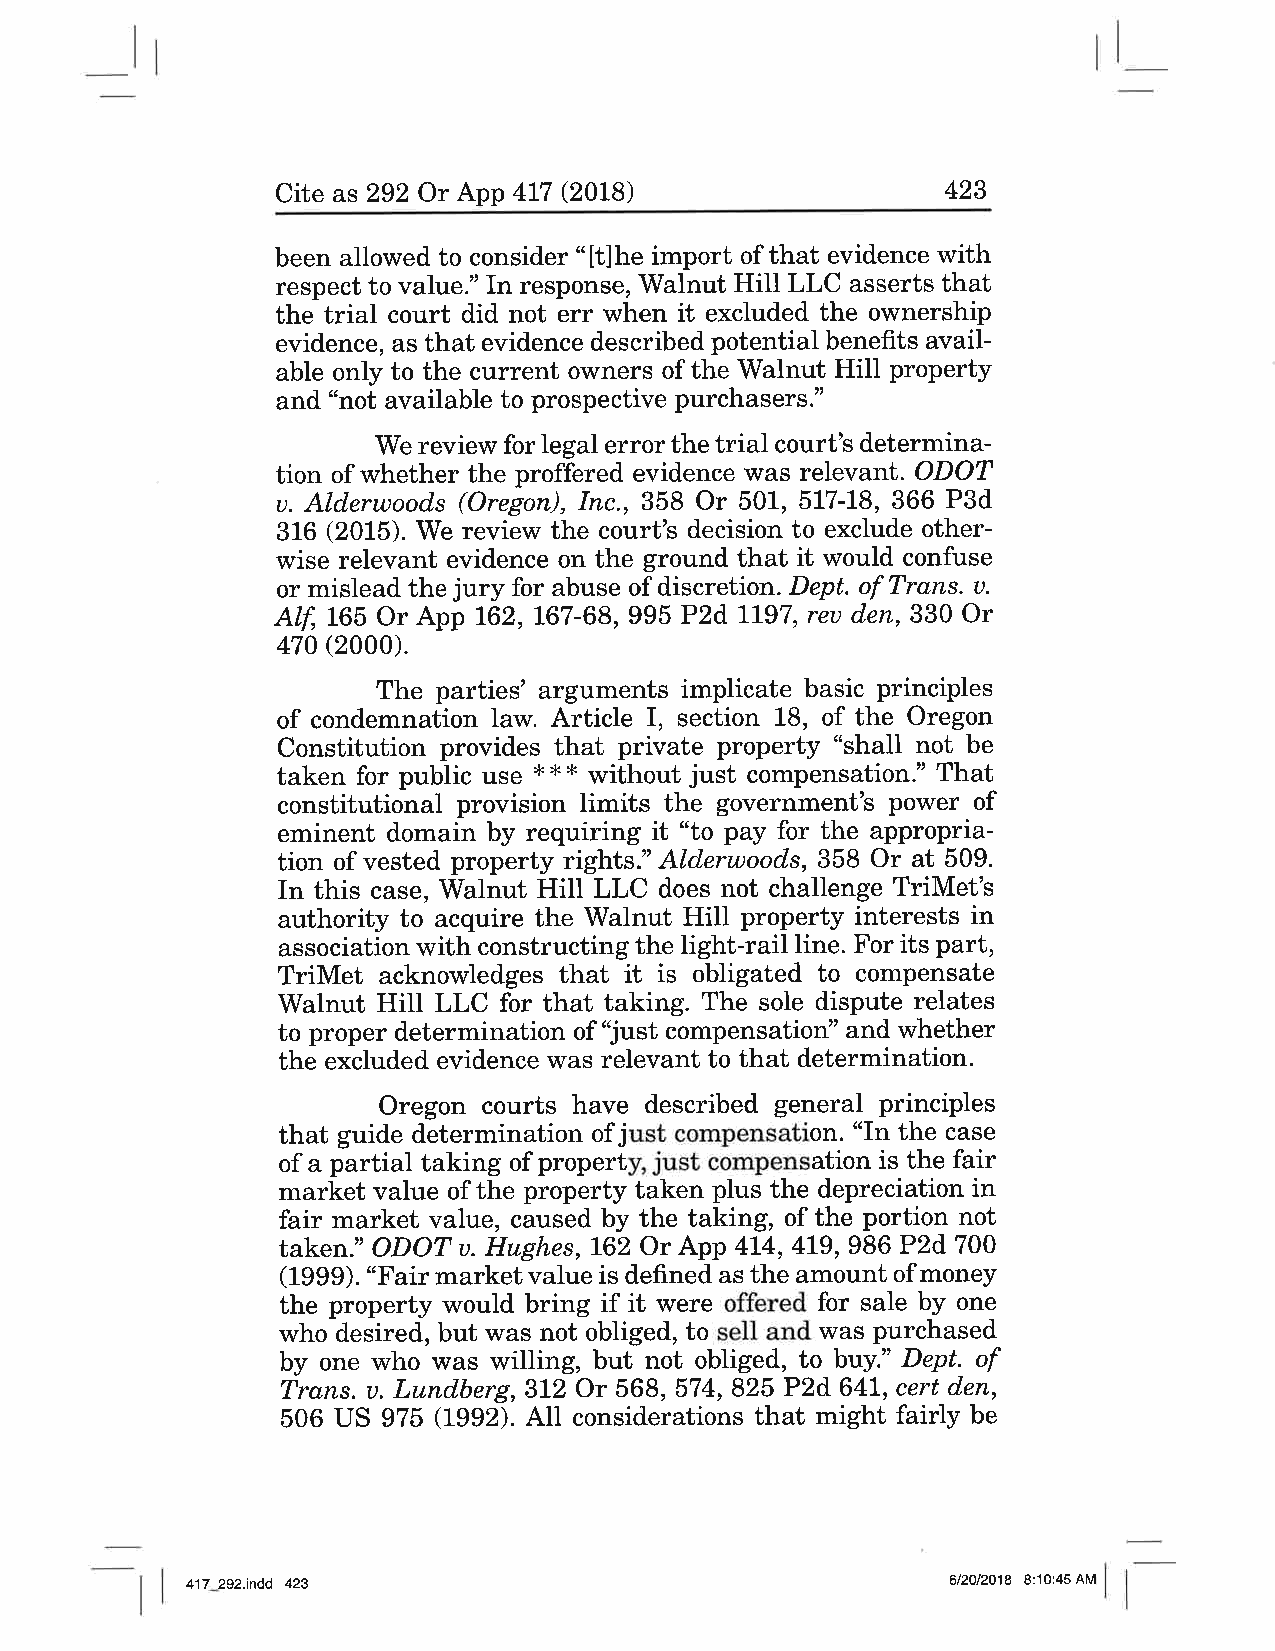
Cite as 292 Or App 417 (2018)                423
 been allowed to consider "[t]he import of that evidence with
 respect to value." In response, Walnut Hill LLC asserts that
 the trial court did not err when it excluded the ownership
 evidence, as that evidence described potential benefits avail-
 able only to the current owners of the Walnut HiIl property
 and "not available to prospective purchasers."
 We review for legal error the trial court's determina-
 tion of whether the proffered evidence \Mas relevant. ODOT
 u. Alderwoods (Oregon), lnc.,358 Or 501, 517-18, 366 P3d
 316 (2015). We review the court's decision to exclude other-
 wise relevant evidence on the ground that it would confuse
 or mislead the jury for abuse of discretion. Dept. of Trans. u.
 Alf, 165 Or App 162, 167-68, 995 Pzd 7197, reu den,330 Or
 470 (2000).
 The parties' arguments implicate basic principles
 of condemnation law. Article I, section 18, of the Oregon
 Constitution provides that private property "shall not be
 taken for public use * * * without just compensation." That
 constitutional provision limits the government's power of
 eminent domain by requiring it "to pay for the appropria-
 tion of vested property rights." Alderwoods, 358 Or at 509.
 In this case, Walnut HiIl LLC does not challenge TriMet's
 authority to acquire the Walnut Hill property interests in
 association with constructing the light-rail line. For its part,
 TriMet acknowledges that it is obligated to compensate
 Walnut Hill LLC for that taking. The sole dispute relates
 to proper determination of 'Just compensation" and whether
 the excluded evidence was relevant to that determination.
 Oregon courts have described general principles
 that guide determination ofjust compensation. "In the case
 of a partial taking of property, just compensation is the fair
 market value of the property taken plus the depreciation in
 fair market value, caused by the taking, of the portion not
 taken." ODOT u. Hughes,162 Or App 414,4L9,986 P2d 700
 (1999). "Fair market value is defined as the amount of money
 the property would bring if it were offered for sale by one
 who desired, but was not obliged, to sell and was purchased
 by one who was willing, but not obliged, to buy." Dept. of
 Trans. u. Lundberg, SL2 Or 568, 574,825 P2d 641, cert den,
 506 US 975 í992). Alt considerations that might fairly be
 417 292.indd 423                                   612012018 8:10:45 AM